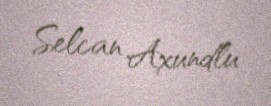
Selcan Axundlu